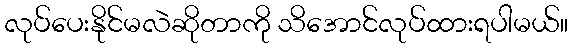
လုပ်ပေးနိုင်မလဲဆိုတာကို သိအောင်လုပ်ထားရပါမယ်။